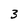
Character: 3